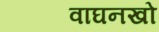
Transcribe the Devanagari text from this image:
वाघनखो